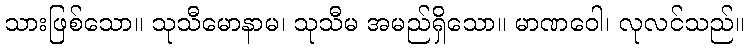
သားဖြစ်သော။ သုသီမောနာမ၊ သုသီမ အမည်ရှိသော။ မာဏဝေါ၊ လုလင်သည်။